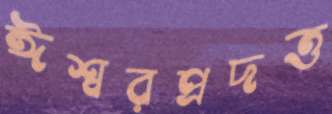
ঈশ্বরপ্রদত্ত